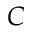
C